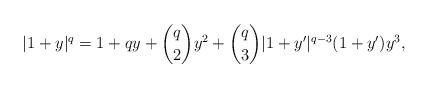
LaTeX: \begin{align*} |1+y|^q = 1 + qy + \binom{q}{2}y^2 + \binom{q}{3} |1+y'|^{q-3} (1+y') y^3, \end{align*}